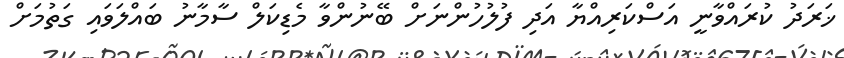
ޚަރަދު ކުރައްވާނީ އަސްކަރިއްޔާ އަދި ފުލުހުންނަށް ބޭނުންވާ މެޑިކަލް ސާމާނު ބައްލަވައި ގަތުމަށް